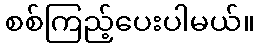
စစ်ကြည့်ပေးပါမယ်။